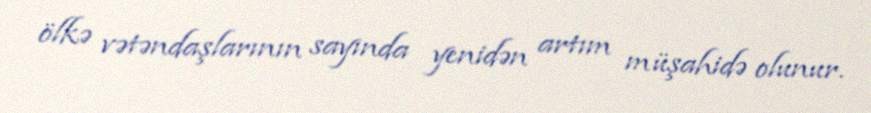
ölkə vətəndaşlarının sayında yenidən artım müşahidə olunur.